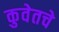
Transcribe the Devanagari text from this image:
कुवेतचे